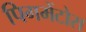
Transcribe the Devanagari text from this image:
पिगमेंटोस